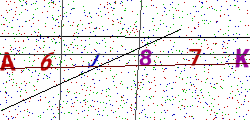
Text: A6J87K